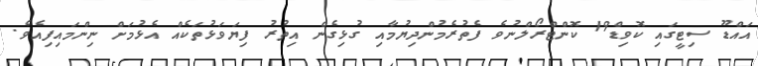
އައްޑޫ ސިޓީގައި ކޮވިޑް19 ކޮންޓްރޯލްނުވެ ފެތުރެމުންދިޔުމާއި ގުޅިގެން އިތުރު ފިޔަވަޅުތަކެއް އެޅުމަށް ނިންމައިފިއެވެ.